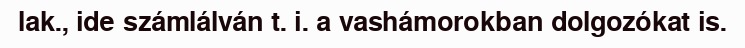
lak., ide számlálván t. i. a vashámorokban dolgozókat is.